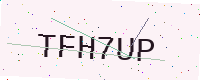
Text: TFH7UP